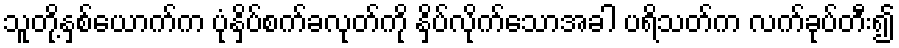
သူတို့နှစ်ယောက်က ပုံနှိပ်စက်ခလုတ်ကို နှိပ်လိုက်သောအခါ ပရိသတ်က လက်ခုပ်တီး၍